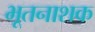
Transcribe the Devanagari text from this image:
भूतनाशक